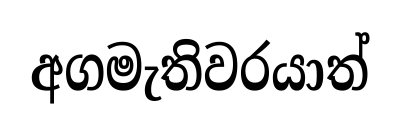
අගමැතිවරයාත්